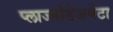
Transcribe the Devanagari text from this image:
प्लाज्मोडेजमेटा